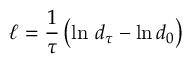
\ell = \frac { 1 } { \tau } \left( \ln \, d _ { \tau } - \ln d _ { 0 } \right)